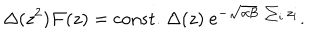
\Delta ( z ^ { 2 } ) { \cal F } ( z ) = \mathrm { c o n s t . } ~ \Delta ( z ) ~ e ^ { - \sqrt { \alpha \beta } ~ \sum _ { i } z _ { i } } .